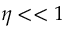
\eta < < 1